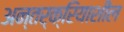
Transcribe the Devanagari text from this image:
अन्तर्क्रियाशील